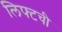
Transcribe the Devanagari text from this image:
लिफ्टची